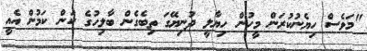
"މަވެސް ހިޔެނުކުރަން މީހުން ހިޔާލީ ދުނިޔޭގަ ތިބެގެން ބާލިހުގެ ކަން ކަމުން އެއީ